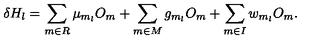
\delta H _ { l } = \sum _ { m \in R } \mu _ { m _ { l } } O _ { m } + \sum _ { m \in M } g _ { m _ { l } } O _ { m } + \sum _ { m \in I } w _ { m _ { l } } O _ { m } .